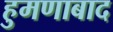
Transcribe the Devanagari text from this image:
हुमणाबाद